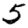
Digit: 5